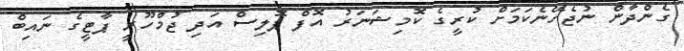
ގެންދާން ނުޖެހޭނެކަމަށް ކުރީގެ ކޮމިޝަނަރު އޮފް ޕޮލިސް އަދި ޖުމްހޫރީ ޕާޓީގެ ނައިބް